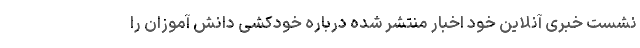
نشست خبری آنلاین خود اخبار منتشر شده درباره خودکشی دانش آموزان را